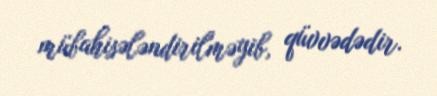
mübahisələndirilməyib, qüvvədədir.